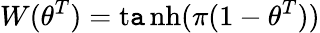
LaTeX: W(\theta^{T})=\operatorname{t\mathtt{a}nh}(\pi(1-\theta^{T}))